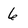
Character: 6